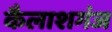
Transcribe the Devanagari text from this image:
कैलाशगंज